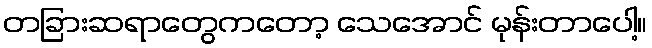
တခြားဆရာတွေကတော့ သေအောင် မုန်းတာပေါ့။